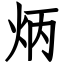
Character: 炳